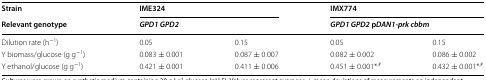
| Strain | <COLSPAN=2> IME324 | <COLSPAN=2> IMX774 |
 | Relevant genotype | <COLSPAN=2> GPD1 GPD2 | <COLSPAN=2> GPD1 GPD2 pDAN1-prk cbbm |
 | --- | --- | --- | --- | --- |
 | Dilution rate (h−1) | 0.05 | 0.15 | 0.05 | 0.15 |
 | Y biomass/glucose (g g−1) | 0.083 ± 0.001 | 0.087 ± 0.007 | 0.082 ± 0.002 | 0.086 ± 0.002 |
 | Y ethanol/glucose (g g−1) | 0.421 ± 0.001 | 0.411 ± 0.006 | 0.451 ± 0.001*,# | 0.432 ± 0.001*,# |